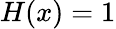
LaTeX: H(x)=1